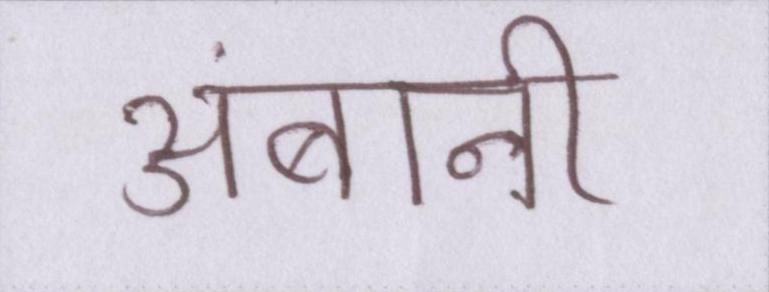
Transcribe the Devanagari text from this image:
अंबानी